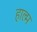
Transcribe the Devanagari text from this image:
हाल्म